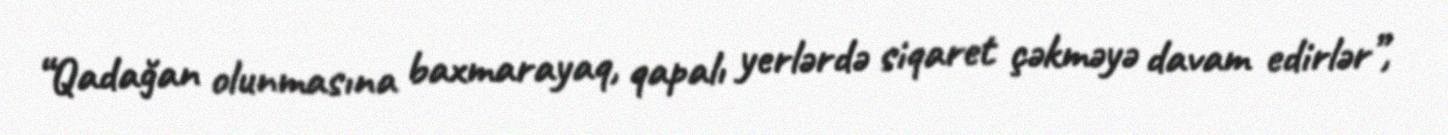
“Qadağan olunmasına baxmarayaq, qapalı yerlərdə siqaret çəkməyə davam edirlər”,